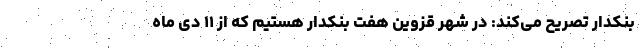
بنکدار تصریح می‌کند: در شهر قزوین هفت بنکدار هستیم که از ۱۱ دی ماه